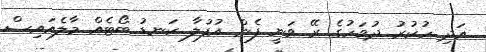
އަދި ހުކުރު ދުވަހުގެ ރޭ ވަނީ ފެން އުފުލާ ކަނޑު ބޯޓެއް މާލެއައިސް